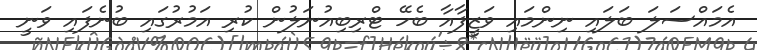
އެމައްސަލަ ބަލައި ނިންމައި ވަޒީފާއާ ބެހޭ ޓްރިބިއުނަލުން ކުރި އަމުރުގައި ބުނެފައި ވަނީ